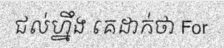
ជល់ហ្នឹង គេដាក់ថា For